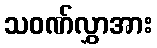
သဝဏ်လွှာအား